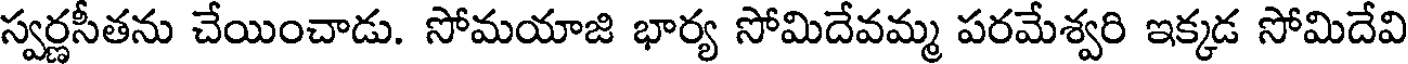
స్వర్ణసీతను చేయించాడు. సోమయాజి భార్య సోమిదేవమ్మ పరమేశ్వరి ఇక్కడ సోమిదేవి